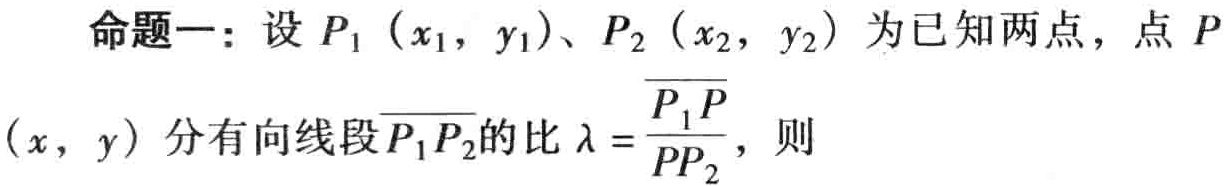
命题一：设 \(P_1(x_1,y_1)\)、\(P_2(x_2,y_2)\) 为已知两点，点 \(P(x,y)\) 分有向线段 \(\overrightarrow{P_1P_2}\) 的比 \(\lambda = \frac{\overrightarrow{P_1P}}{\overrightarrow{PP_2}}\)，则